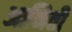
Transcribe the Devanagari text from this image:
आनिती